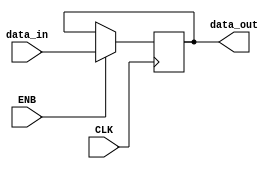
module Register_N #(parameter WIDTH = 8) (ENB, CLK, data_in, data_out);
	
	input ENB, CLK;
	input [WIDTH-1:0] data_in;	
	output reg [WIDTH-1:0] data_out;
	
	always@(posedge CLK)	begin
		if (ENB) begin
			data_out <= data_in;
		end
	end
	
endmodule